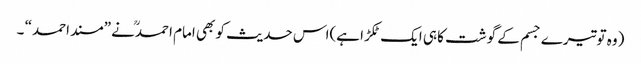
(وہ توتیرے جسم کے گوشت کا ہی ایک ٹکڑا ہے)اس حدیث کو بھی امام احمدنے ”مسند احمد“ ۔